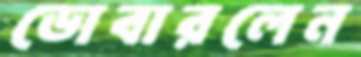
ডোবারলেন